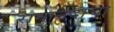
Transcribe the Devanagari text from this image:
रामानंदाचा